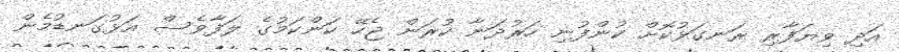
އަދި ވިޔަފާރި ރަނގަޅުކޮށް ކުންފުނި ހަރުދަނާ ކުރަން ޖެހޭ ކަންކަމުގެ ލަފާވެސް އަޅުގަނޑުމެން